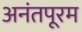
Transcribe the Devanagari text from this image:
अनंतपूरम